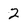
Character: 2